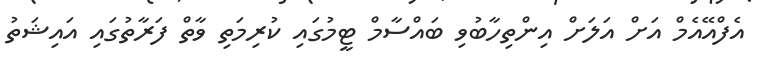
އެފްއޭއެމް އަށް އަލަށް އިންތިހާބުވި ބައްސާމް ޓީމުގައި ކުރިމަތި ވާތް ފަރާތުގައި އައިޝަތު